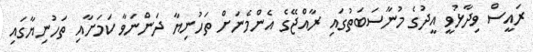
ރައީސް ވިދާޅުވީ އީދުގެ މުނާސަބަތުގައި ރާއްޖޭގެ އެންމެނަށް ތަހުނިޔާ ދަންނަވާ ކަމަށާއި ތަހުނިޔާގައި